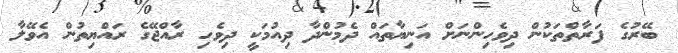
ބޭރުގެ ފަރާތްތަކުން ދިވެހިންނަށް އަނިޔާތައް ދެމުންދާ ދިއުމަކީ ދިވެހި ރާއްޖޭގެ ރައްޔިތުން އެވޭލާ